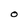
Character: O